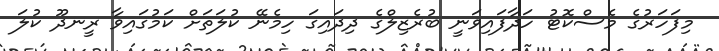
މިފަހަރުގެ މެސްކޮޓު ހަދާފައިވަނީ ބުރެޒިލްގެ ދިދައިގަ ހިމެނޭ ކުލަތަށް ކަމުގައިވާ ރީނދޫ ކުލަ